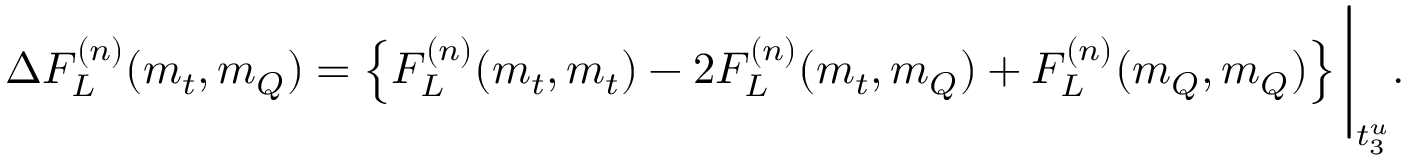
\Delta F _ { L } ^ { ( n ) } ( m _ { t } , m _ { Q } ) = \left\{ F _ { L } ^ { ( n ) } ( m _ { t } , m _ { t } ) - 2 F _ { L } ^ { ( n ) } ( m _ { t } , m _ { Q } ) + F _ { L } ^ { ( n ) } ( m _ { Q } , m _ { Q } ) \right\} \Bigg \vert _ { t _ { 3 } ^ { u } } .